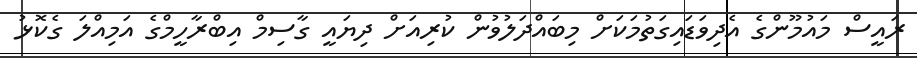
ރައީސް މައުމޫންގެ އެދިވަޑައިގަތުމަކަށް މިބައްދަލުވުން ކުރިއަށް ދިޔައީ ގާސިމް އިބްރާހީމްގެ އަމިއްލަ ގެކޮޅު